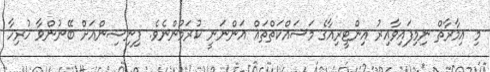
މި އިމާރާތް ނިމިފައިވާއިރު އިންޓީރިއާގެ މަސައްކަތްތައް އަންނަނީ ކުރަމުންނެވެ. ފިނިޝިންއަށް ބޭނުންވާ ހުރިހާ